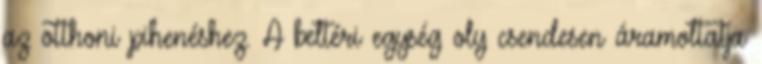
az otthoni pihenéshez. A beltéri egység oly csendesen áramoltatja